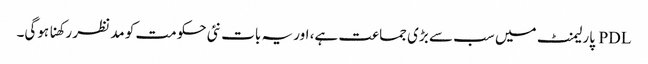
PDL پارلیمنٹ میں سب سے بڑی جماعت ہے، اور یہ بات نئی حکومت کو مد نظر رکھنا ہوگی۔